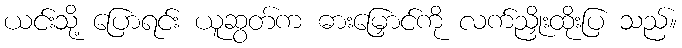
ယင်းသို့ ပြောရင်း ယူဆွတ်က ဓားမြှောင်ကို လက်ညှိုးထိုးပြ သည်။